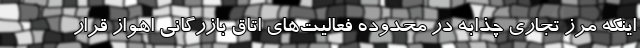
اینکه مرز تجاری چذابه در محدوده فعالیت‌های اتاق بازرگانی اهواز قرار